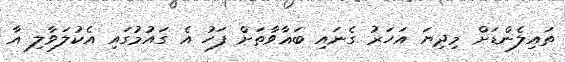
ތައިލެންޑަށް މިދިޔަ އަހަރު ގެނައި ބަޣާވާތަށް ފަހު އެ ގައުމުގައި އެކުލަވާލި އާ